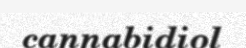
cannabidiol